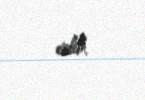
edib.